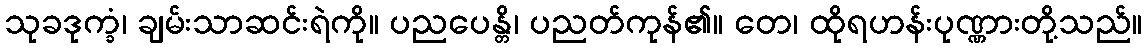
သုခဒုက္ခံ၊ ချမ်းသာဆင်းရဲကို။ ပညပေန္တိ၊ ပညတ်ကုန်၏။ တေ၊ ထိုရဟန်းပုဏ္ဏားတို့သည်။